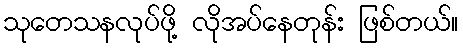
သုတေသနလုပ်ဖို့ လိုအပ်နေတုန်း ဖြစ်တယ်။